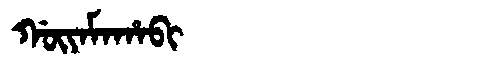
Manchu: ᡤᡡᠶᠠᠮᠠᡥᠠᠪᡳ
Romanization: GŪYAMAHABI